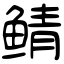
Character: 鲭